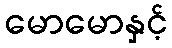
မောမောနှင့်